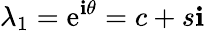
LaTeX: \lambda_{1}=\mathrm{e}^{\mathbf{{i}}\theta}=c+s\mathbf{{i}}